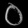
Digit: ၀